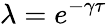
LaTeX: \lambda=e^{-\gamma\tau}